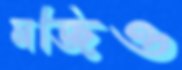
মজিও